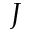
J